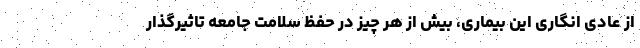
از عادی انگاری این بیماری، بیش از هر چیز در حفظ سلامت جامعه تاثیرگذار